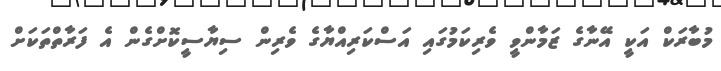
މުބާރަކް އަކީ އޭނާގެ ޒަމާންވީ ވެރިކަމުގައި އަސްކަރިއްޔާގެ ވެރިން ސިޔާސީކޮށްގެން އެ ފަރާތްތަކަށް